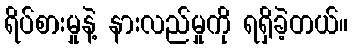
ရိပ်စားမှုနဲ့ နားလည်မှုကို ရရှိခဲ့တယ်။